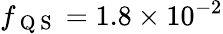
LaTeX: f_{\mathrm{~Q~S~}}=1.8\times 10^{-2}